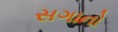
સગાનો